Rangoon Lunatic Asylum 1893-1897 - 1893-1897
Year: 1893
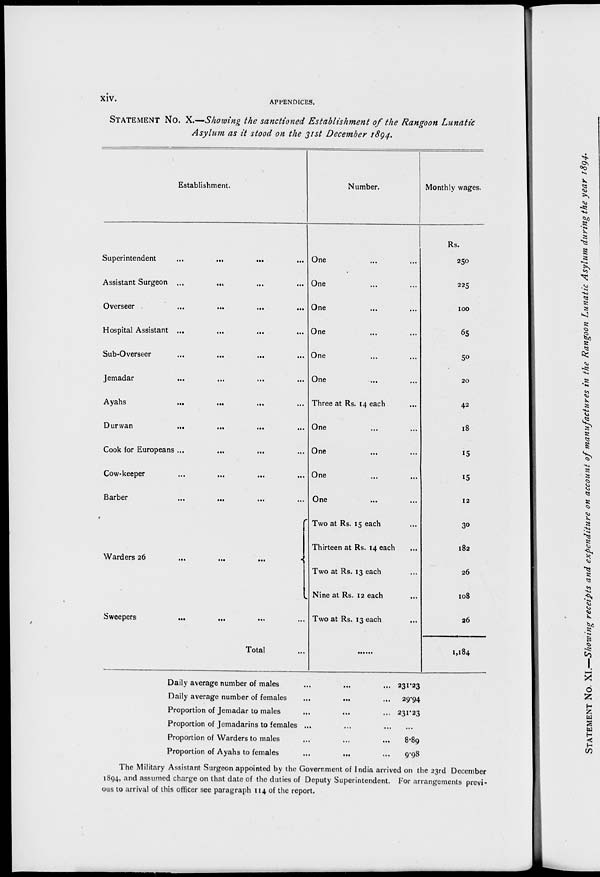
xiv.
APPENDICES.
STATEMENT No. X.—Showing the sanctioned Establishment of the Rangoon Lunatic
Asylum as it stood on the 31st December 1894.
Establishment.
Superintendent
...
...
...
...
Assistant Surgeon ...
... ... ...
Overseer
...
...
...
...
Hospital Assistant ...
...
...
...
Sub-Overseer
...
...
... ...
Jemadar ... ... ... ...
Ayahs
...
...
...
...
Durwan
...
...
... ...
Cook for Europeans ... ... ... ...
Cow-keeper
...
...
...
...
Barber
...
...
... ...
Warders 26 ... ... ...
Sweepers
...
... ... ...
Total ...
Number.
One ... ...
One ... ...
One ... ...
One ... ...
One ... ...
One ... ...
Three at Rs. 14 each ...
One ... ...
One ... ...
One ... ...
One ... ...
Two at Rs. 15 each ...
Thirteen at Rs. 14 each ...
Two at Rs. 13 each ...
Nine at Rs. 12 each ...
Two at Rs. 13 each ...
Monthly wages.
Rs.
250
225
100
65
50
20
42
18
15
15
12
30
182
26
108
26
1,184
Daily average number of males
...
... ...
Daily average number of females ... ... ...
Proportion of Jemadar to males ... ... ...
Proportion of Jemadarins to females ... ... ...
Proportion of Warders to males ... ... ...
Proportion of Ayahs to females
...
... ...
231.23
29.94
231.23
...
8.89
9.98
The Military Assistant Surgeon appointed by the Government of India arrived on the 23rd December
1894, and assumed charge on that date of the duties of Deputy Superintendent. For arrangements previ-
ous to arrival of this officer see paragraph 114 of the report.